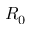
R _ { 0 }